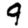
Digit: 9